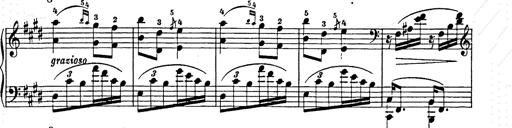
Title: Hungarian Rhapsody No.9
Composer: Franz Liszt
Key: E-flat major